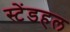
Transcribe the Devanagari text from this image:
स्टेंडहल